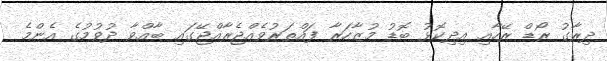
ދިރާގު ރޯޑް ރޭހާއި އިދިކޮޅު ބޮޑު މުޒާހަރާ ފައްތަރުވެއްޖެރާއްޖޭގައި ބާއްވާ ދުވުމުގެ އެންމެ